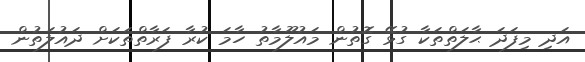
އަދި މިފަދަ ޙާލަތްތަކާ ގުޅޭ ގޮތުން މައުލޫމާތު ހާމަ ކުރާ ފަރާތްތަކަށް ދައުލަތުން